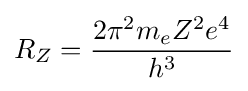
R_{Z}={2\pi ^{2}m_{e}Z^{2}e^{4} \over h^{3}}